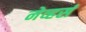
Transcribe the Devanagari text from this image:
नेव्हर्स